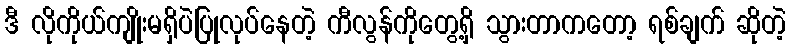
ဒီ လိုကိုယ်ကျိုးမရှိပဲပြုလုပ်နေတဲ့ ကီလွန်ကိုတွေ့ရှိ သွားတာကတော့ ရစ်ချက် ဆိုတဲ့